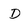
Character: D